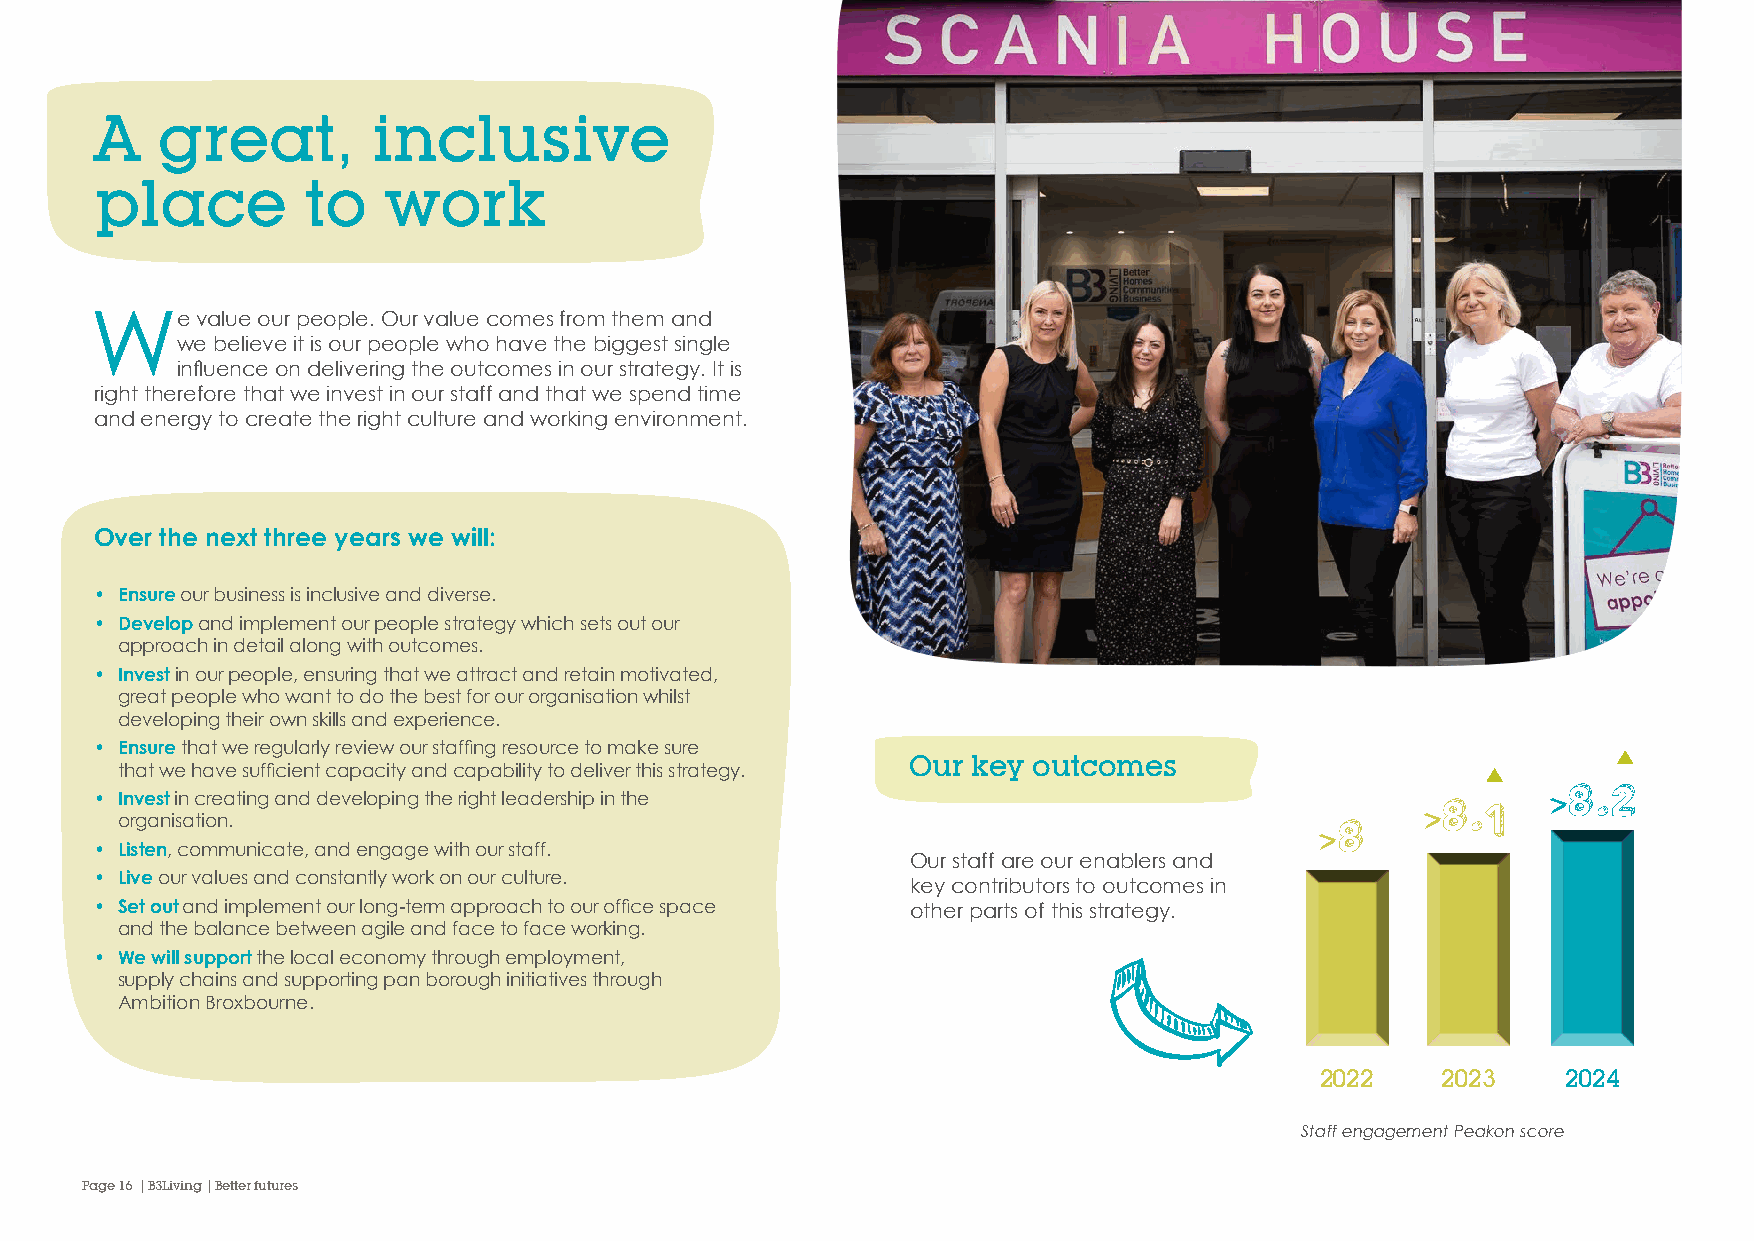
A   great,         inclusive
 place         to   work
 We     value our people. Our value comes from them and
 we believe it is our people who have the biggest single
 influence on delivering the outcomes in our strategy. It is
 right therefore that we invest in our staff and that we spend time
 and energy to create the right culture and working environment.
 Over the next three years we will:
 • Ensure our business is inclusive and diverse.
 • Develop and implement our people strategy which sets out our
 approach in detail along with outcomes.
 • Invest in our people, ensuring that we attract and retain motivated,
 great people who want to do the best for our organisation whilst
 developing their own skills and experience.
 • Ensure that we regularly review our staffing resource to make sure
 Our key outcomes
 that we have sufficient capacity and capability to deliver this strategy.
 • Invest in creating and developing the right leadership in the                         >8.1
 >8.2
 organisation.                                                                  >8
 • Listen, communicate, and engage with our staff.
 Our staff are our enablers and
 • Live our values and constantly work on our culture.
 key contributors to outcomes in
 • Set out and implement our long-term approach to our office space other parts of this strategy.
 and the balance between agile and face to face working.
 • We will support the local economy through employment,
 supply chains and supporting pan borough initiatives through
 Ambition Broxbourne.
 2022    2023     2024
 Staff engagement Peakon score
 Page 16 | B3Living | Better futures